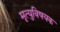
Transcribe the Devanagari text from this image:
मृत्युविषयक